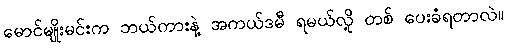
မောင်မျိုးမင်းက ဘယ်ကားနဲ့ အကယ်ဒမီ ရမယ်လို့ တစ် ပေးခံရတာလဲ။